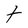
Character: t